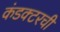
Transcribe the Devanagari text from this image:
कंडक्टरची